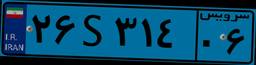
۲۶S۳۱۴۰۶